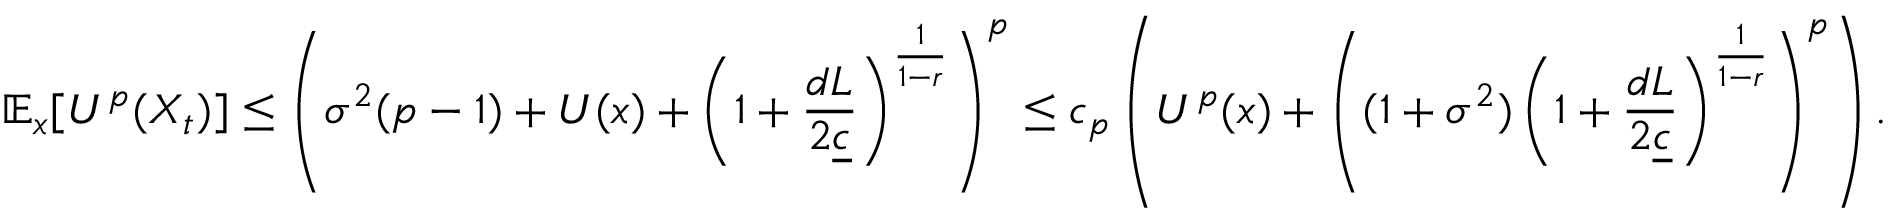
\mathbb { E } _ { x } [ U ^ { p } ( X _ { t } ) ] \le \left( \sigma ^ { 2 } ( p - 1 ) + U ( x ) + \left( 1 + \frac { d L } { 2 \underline { { c } } } \right) ^ { \frac { 1 } { 1 - r } } \right) ^ { p } \le c _ { p } \left( U ^ { p } ( x ) + \left( ( 1 + \sigma ^ { 2 } ) \left( 1 + \frac { d L } { 2 \underline { { c } } } \right) ^ { \frac { 1 } { 1 - r } } \right) ^ { p } \right) .